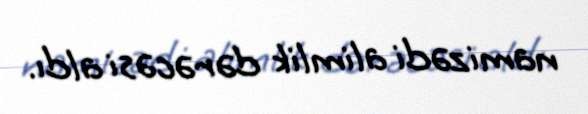
namizədi alimlik dərəcəsi aldı.